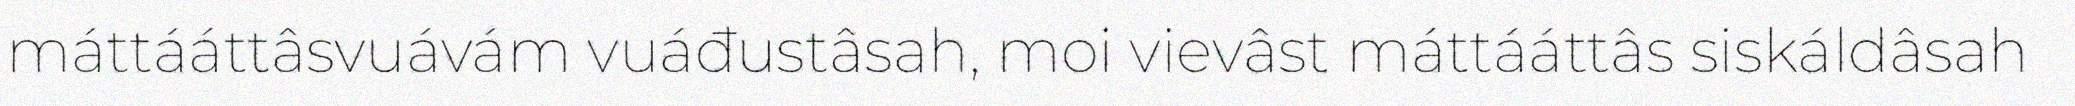
máttááttâsvuávám vuáđustâsah, moi vievâst máttááttâs siskáldâsah